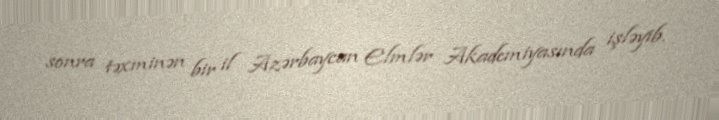
sonra təxminən bir il Azərbaycan Elmlər Akademiyasında işləyib.